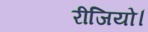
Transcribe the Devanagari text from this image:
रीजियो।